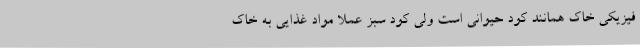
فیزیکی خاک همانند کود حیوانی است ولی کود سبز عملاً مواد غذایی به خاک